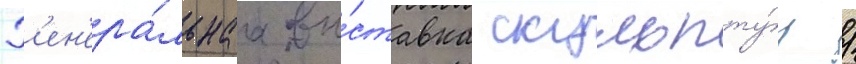
Г'ен'ера́льнаа вы́ставка скульпту́р /